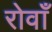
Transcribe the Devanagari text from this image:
रोवाँ